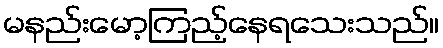
မနည်းမော့ကြည့်နေရသေးသည်။